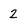
Character: 2